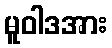
မူဝါဒအား